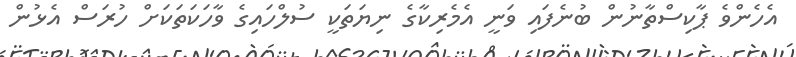
އެހެންވެ ޕާކިސްތާނުން ބުނެފައި ވަނީ އެމެރިކާގެ ނިޔަތަކީ ސުލްހައިގެ ވާހަކަތަކަށް ހުރަސް އެޅުން